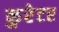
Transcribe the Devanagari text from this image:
कुरेटर